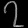
Digit: ၇